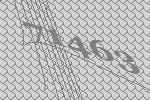
71463